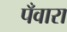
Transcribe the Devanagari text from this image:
पँवारा